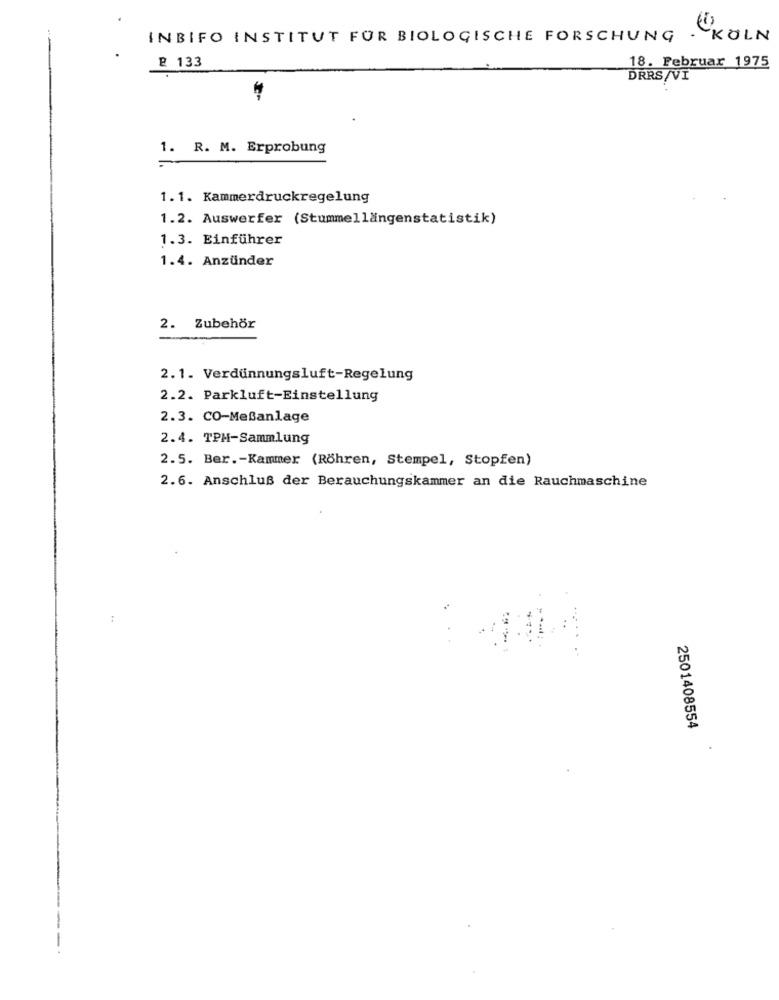
INBIFO INSTITUT FOR BIOLOGISCHE FORSCHUNG
. KOLN
18. Februar 1975
P 133
DRRS/VI
1. R. M. Erprobung
1.1. Kammerdruckregelung
1.2. Auswerfer (Stummellängenstatistik)
1.3. Einführer
1.4. Anzünder
2. Zubehör
2.1. Verdünnungsluft-Regelung
2.2. Parkluft-Einstellung
2.3. CO-Meßanlage
2.4. TPM-Sammlung
2.5. Ber .- Kammer (Röhren, Stempel, Stopfen)
2.6. Anschluß der Berauchungskammer an die Rauchmaschine
:
2501408554